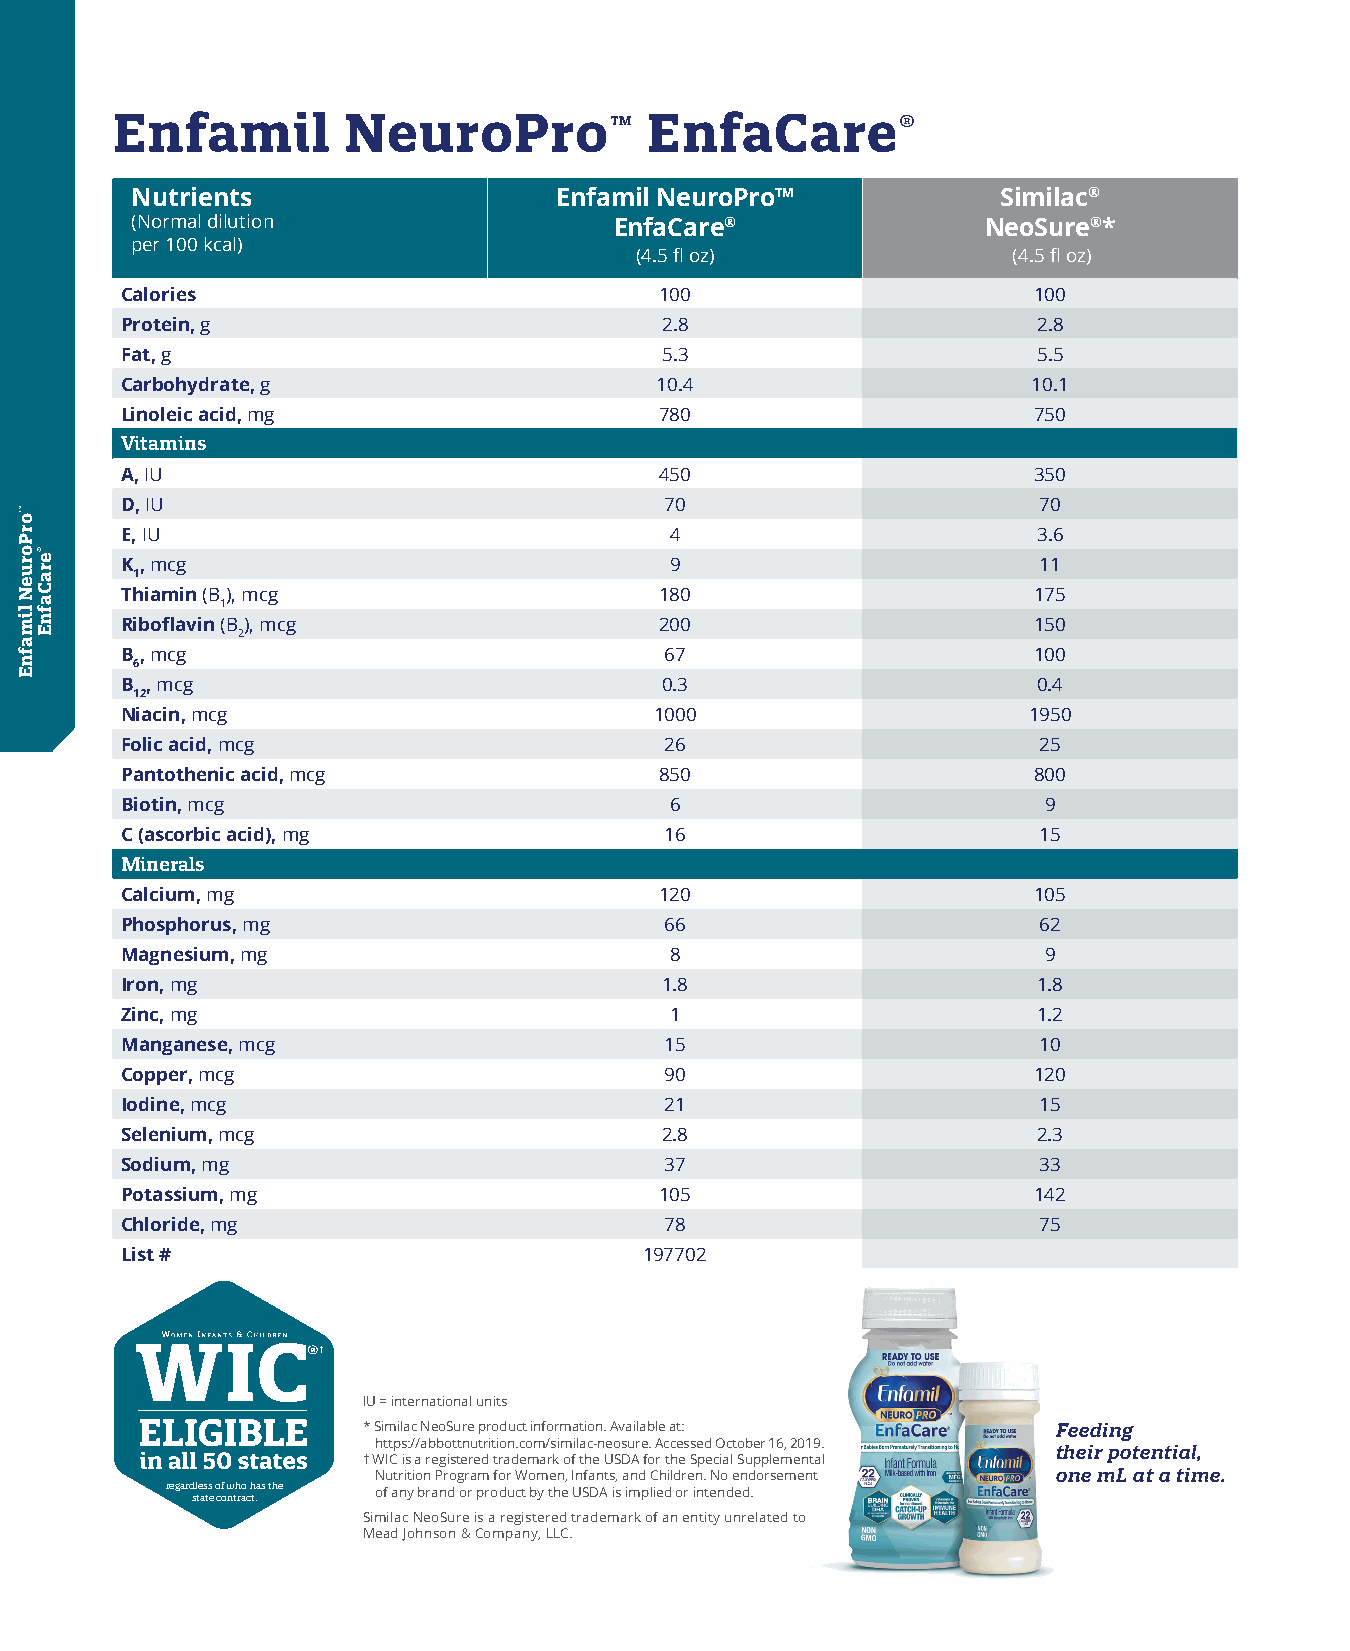
Enfamil         NeuroPro™           EnfaCare®
 Nutrients                   Enfamil NeuroPro™            Similac®
 (Normal dilution                EnfaCare®               NeoSure®*
 per 100 kcal)
 (4.5 fl oz)              (4.5 fl oz)
 Calories                            100                     100
 Protein, g                          2.8                      2.8
 Fat, g                              5.3                      5.5
 Carbohydrate, g                    10.4                     10.1
 Linoleic acid, mg                   780                     750
 Vitamins
 A, IU                               450                     350
 D, IU                               70                       70
 E, IU                               4                        3.6
 K, mcg                              9                        11
 1
 Thiamin (B), mcg                    180                     175
 1
 Riboflavin (B ), mcg                200                     150
 2
 B, mcg                              67                      100
 6
 B , mcg                             0.3                      0.4
 12
 Niacin, mcg                        1000                     1950
 Folic acid, mcg                     26                       25
 Pantothenic acid, mcg               850                     800
 Biotin, mcg                         6                        9
 C (ascorbic acid), mg               16                       15
 Minerals
 Calcium, mg                         120                     105
 Phosphorus, mg                      66                       62
 Magnesium, mg                       8                        9
 Iron, mg                            1.8                      1.8
 Zinc, mg                            1                        1.2
 Manganese, mcg                      15                       10
 Copper, mcg                         90                      120
 Iodine, mcg                         21                       15
 Selenium, mcg                       2.8                      2.3
 Sodium, mg                          37                       33
 Potassium, mg                       105                     142
 Chloride, mg                        78                       75
 List #                             197702
 ®†
 IU = international units
 * Similac NeoSure product information. Available at: Feeding
 https://abbottnutrition.com/similac-neosure. Accessed October 16, 2019.
 their potential,
 † WIC is a registered trademark of the USDA for the Special Supplemental
 Nutrition Program for Women, Infants, and Children. No endorsement one mL at a time.
 regardless of who has the of any brand or product by the USDA is implied or intended.
 state contract.
 Similac NeoSure is a registered trademark of an entity unrelated to
 Mead Johnson & Company, LLC.
 ™orPorueN
 limafnE
 ®eraCafnE